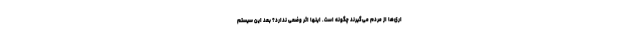
اری‌ها از مردم می‌گیرند چگونه است. اینها اثر وضعی ندارد؟ بعد این سیستم